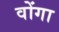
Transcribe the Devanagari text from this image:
वोंगा